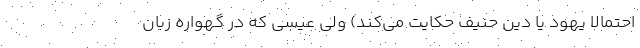
احتمالا یهود یا دین حنیف حکایت می‌کند) ولی عیسی که در گهواره زبان